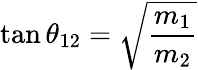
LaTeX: \tan\theta_{12}=\sqrt{\frac{m_{1}}{m_{2}}}